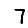
Digit: 7